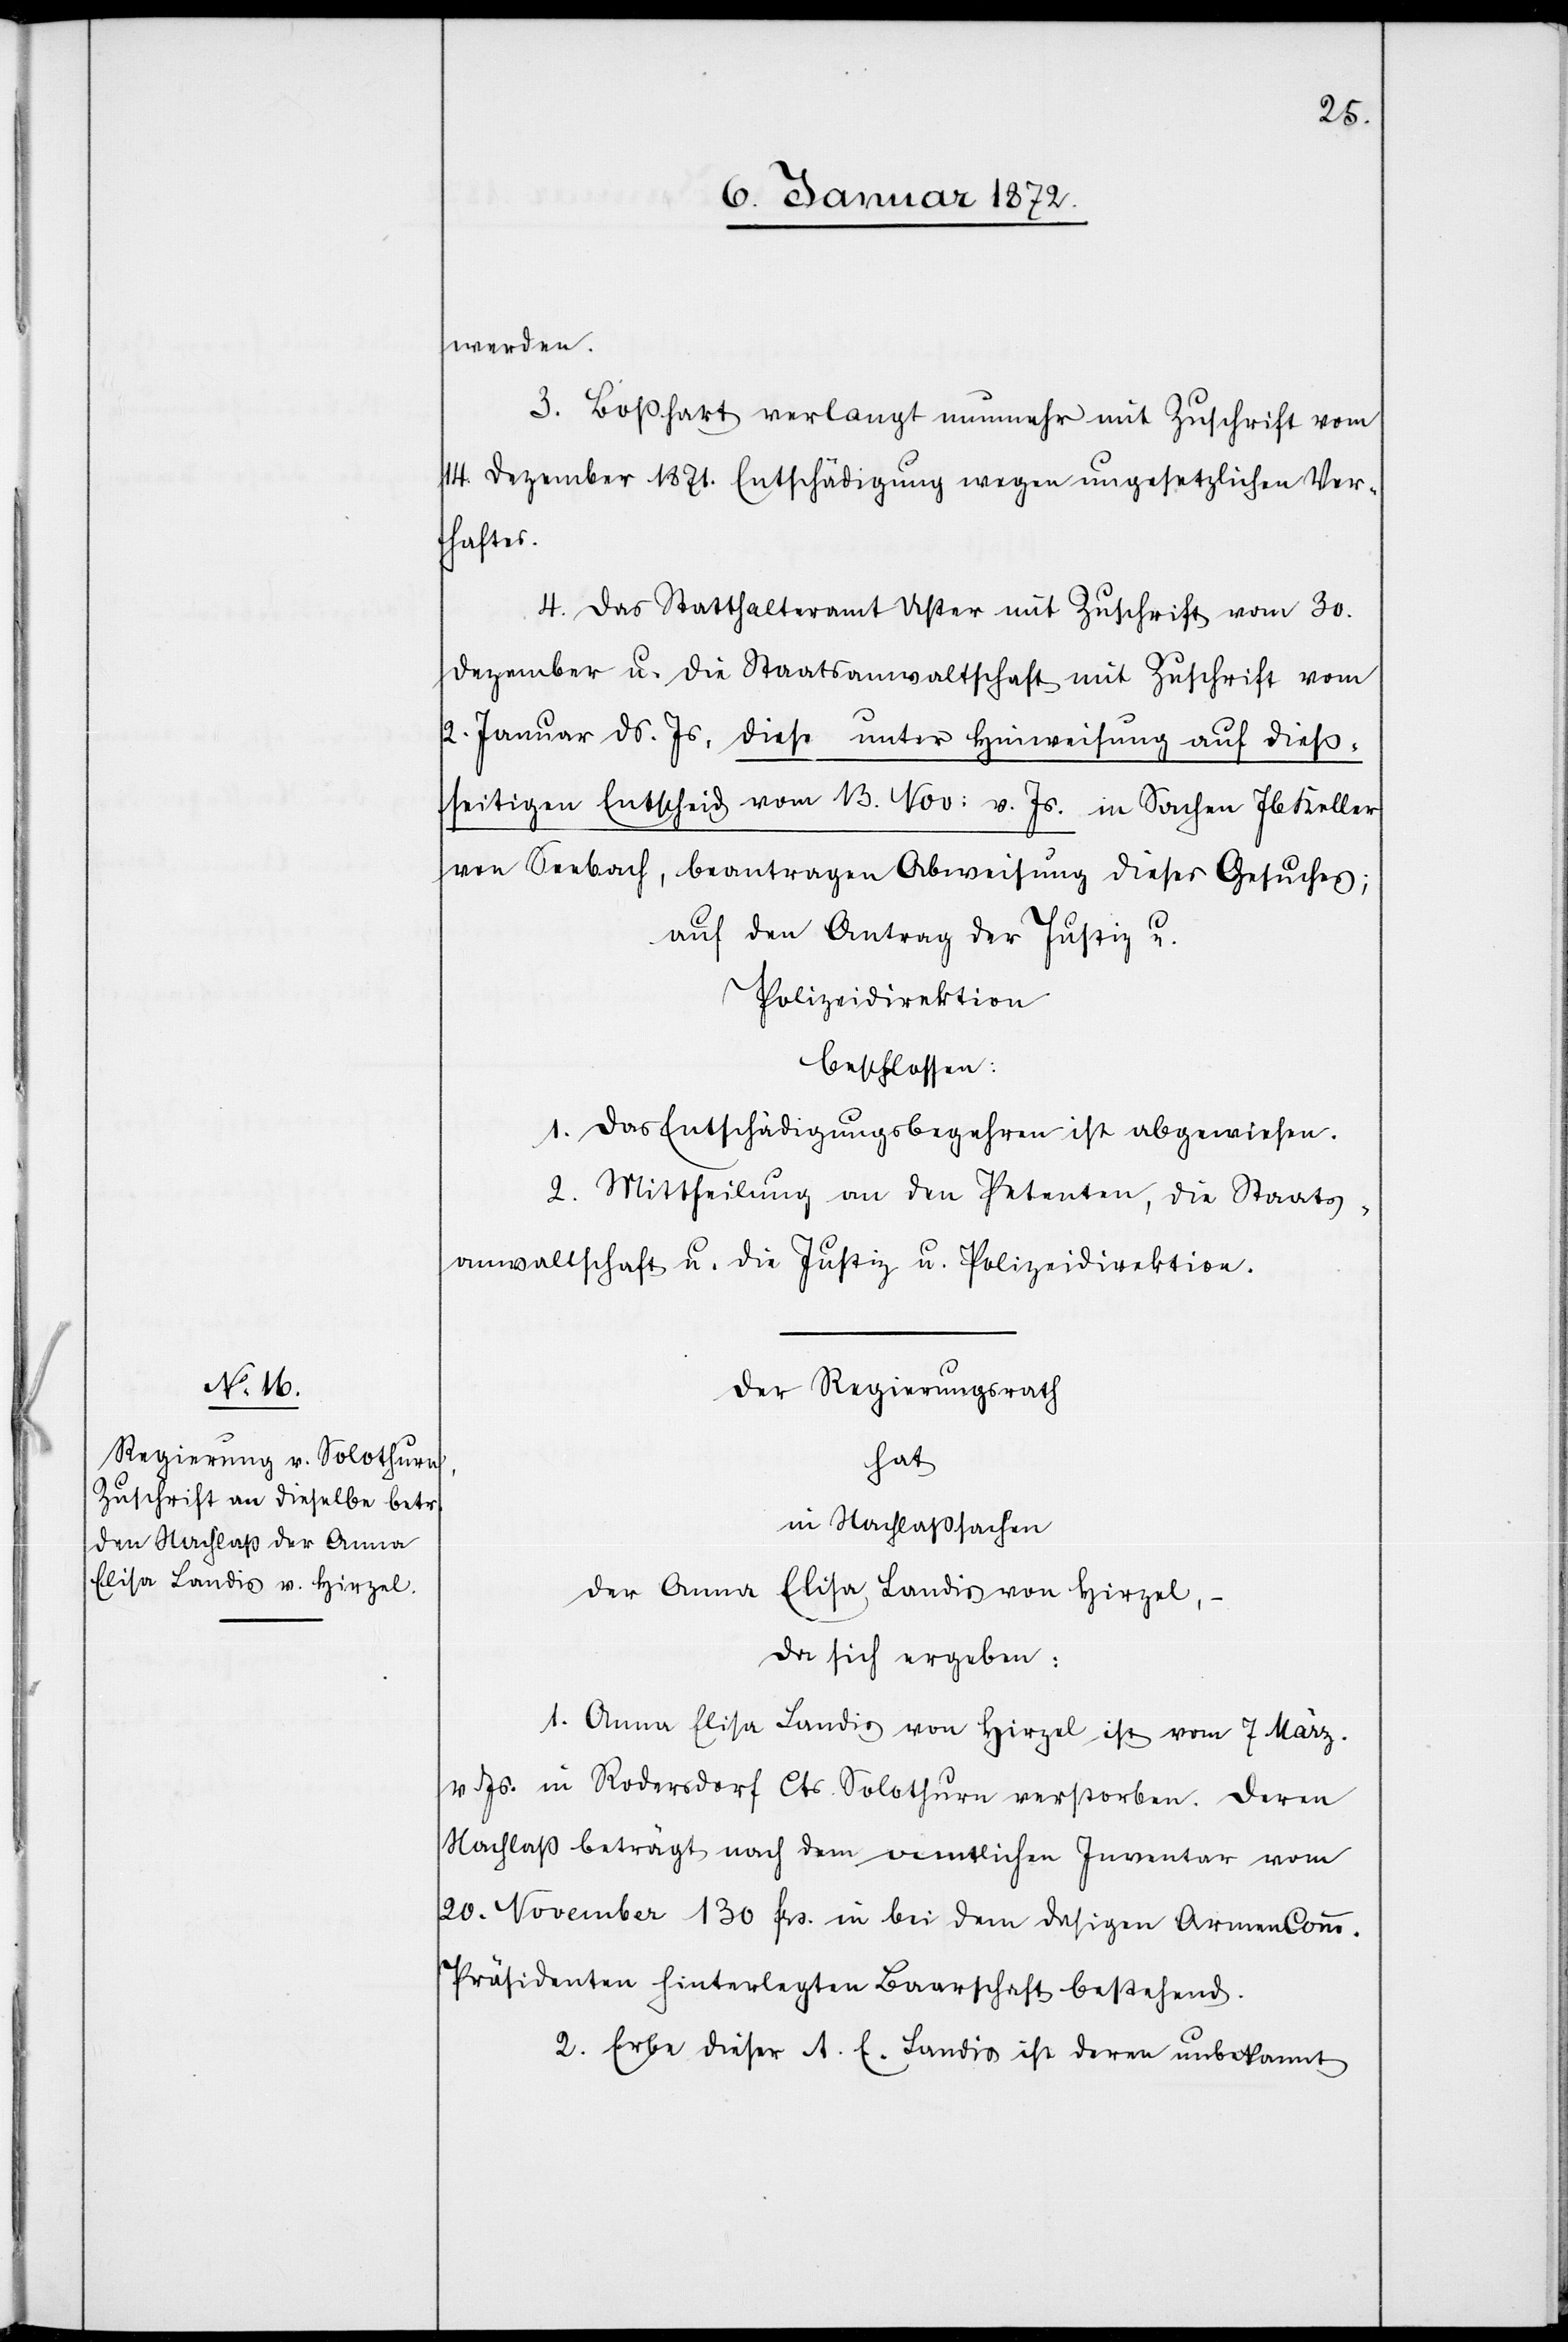
werden.
3. Boßhart verlangt nunmehr mit Zuschrift vom
14. Dezember 1871. Entschädigung wegen ungesetzlichen Ver¬
haftes.
4. Das Statthalteramt Uster mit Zuschrift vom 30.
Dezember u. die Staatsanwaltschaft mit Zuschrift vom
2. Januar ds. Js. diese unter Hinweisung auf dieß¬
seitigen Entscheid vom 13. Nov: v. Js. in Sachen Jb. Keller
von Seebach, beantragen Abweisung dieses Gesuches;
auf den Antrag der Justiz u.
Polizeidirektion
beschlossen:
1. Das Entschädigungsbegehren ist abgewiesen.
2. Mittheilung an den Petenten, die Staats¬
anwaltschaft u. die Justiz u. Polizeidirektion.
Der Regierungsrath
hat
in Nachlaßsachen
der Anna Elisa Landis von Hirzel,–
da sich ergeben:
1. Anna Elisa Landis von Hirzel ist vom 7 März.
v Js. in Rodersdorf Cts. Solothurn verstorben. Deren
Nachlass beträgt nach dem [?amtlichen] Inventar vom
20. November 130 frs. in bei dem dasigen ArmenComm.
Präsidenten hinterlegten Baarschaft bestehend.
2. Erbe dieser A. E. Landis ist deren unbekannt